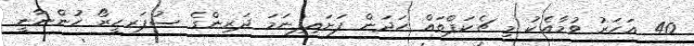
40 އަހަރު ވުމާއެކު މި ޗެކަޕްތައް ހަދަން ފަށައިފިނަމަ ދަރިންގެ ސުޕަރހީރޯ ހުންނާނީ